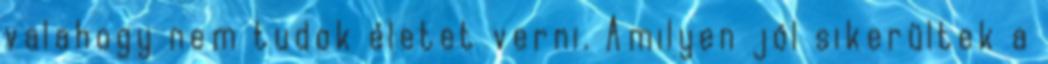
valahogy nem tudok életet verni. Amilyen jól sikerültek a